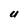
Character: U